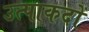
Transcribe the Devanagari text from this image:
उत्पाकदों